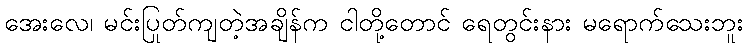
အေးလေ၊ မင်းပြုတ်ကျတဲ့အချိန်က ငါတို့တောင် ရေတွင်းနား မရောက်သေးဘူး